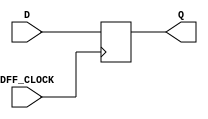
`timescale 1ns / 1ps
//////////////////////////////////////////////////////////////////////////////////
// Company: 
// Engineer: 
// 
// Design Name: 
// Module Name: my_dff
// Project Name: 
// Target Devices: 
// Tool Versions: 
// Description: 
// 
// Dependencies: 
// 
// Revision:
// Revision 0.01 - File Created
// Additional Comments:
// 
//////////////////////////////////////////////////////////////////////////////////


module my_dff(input DFF_CLOCK, D, output reg Q);

    always @ (posedge DFF_CLOCK) begin
        Q <= D;
    end

endmodule